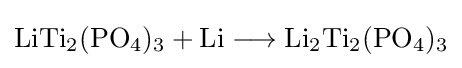
{\mathrm {LiTi} {\vphantom {A}}_{\smash[{t}]{2}}(\mathrm {PO} {\vphantom {A}}_{\smash[{t}]{4}}){\vphantom {A}}_{\smash[{t}]{3}}{}+{}\mathrm {Li} {}\mathrel {\longrightarrow } {}\mathrm {Li} {\vphantom {A}}_{\smash[{t}]{2}}\mathrm {Ti} {\vphantom {A}}_{\smash[{t}]{2}}(\mathrm {PO} {\vphantom {A}}_{\smash[{t}]{4}}){\vphantom {A}}_{\smash[{t}]{3}}}